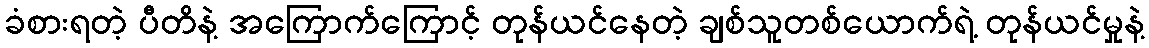
ခံစားရတဲ့ ပီတိနဲ့ အကြောက်ကြောင့် တုန်ယင်နေတဲ့ ချစ်သူတစ်ယောက်ရဲ့ တုန်ယင်မှုနဲ့